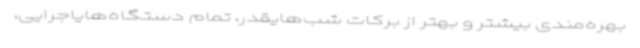
بهره‌مندی بیشتر و بهتر از برکات شب‌هایقدر، تمام دستگاه‌هایاجرایی،